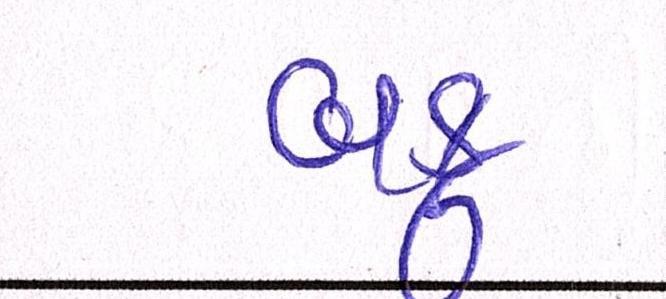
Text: બકુ